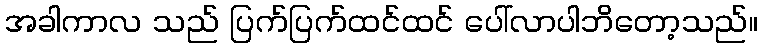
အခါကာလ သည် ပြက်ပြက်ထင်ထင် ပေါ်လာပါဘိတော့သည်။